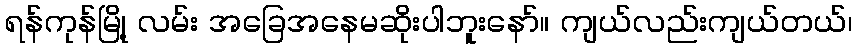
ရန်ကုန်မြို့ လမ်း အခြေအနေမဆိုးပါဘူးနော်။ ကျယ်လည်းကျယ်တယ်၊